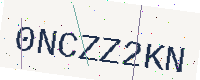
Text: 0NCZZ2KN